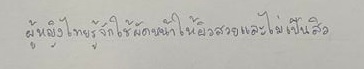
ผู้หญิงไทยรู้จักใช้ผัดหน้าให้ผิวสวยและไม่เป็นสิว